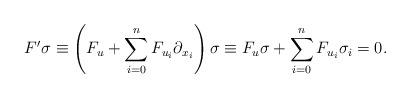
LaTeX: \begin{align*}F'\sigma\equiv \left(F_u+\sum_{i=0}^nF_{u_i} \partial_{x_i}\right)\sigma \equiv F_u\sigma+\sum_{i=0}^nF_{u_i} \sigma_i=0.\end{align*}